Rae_vallavalitsus, lk 75
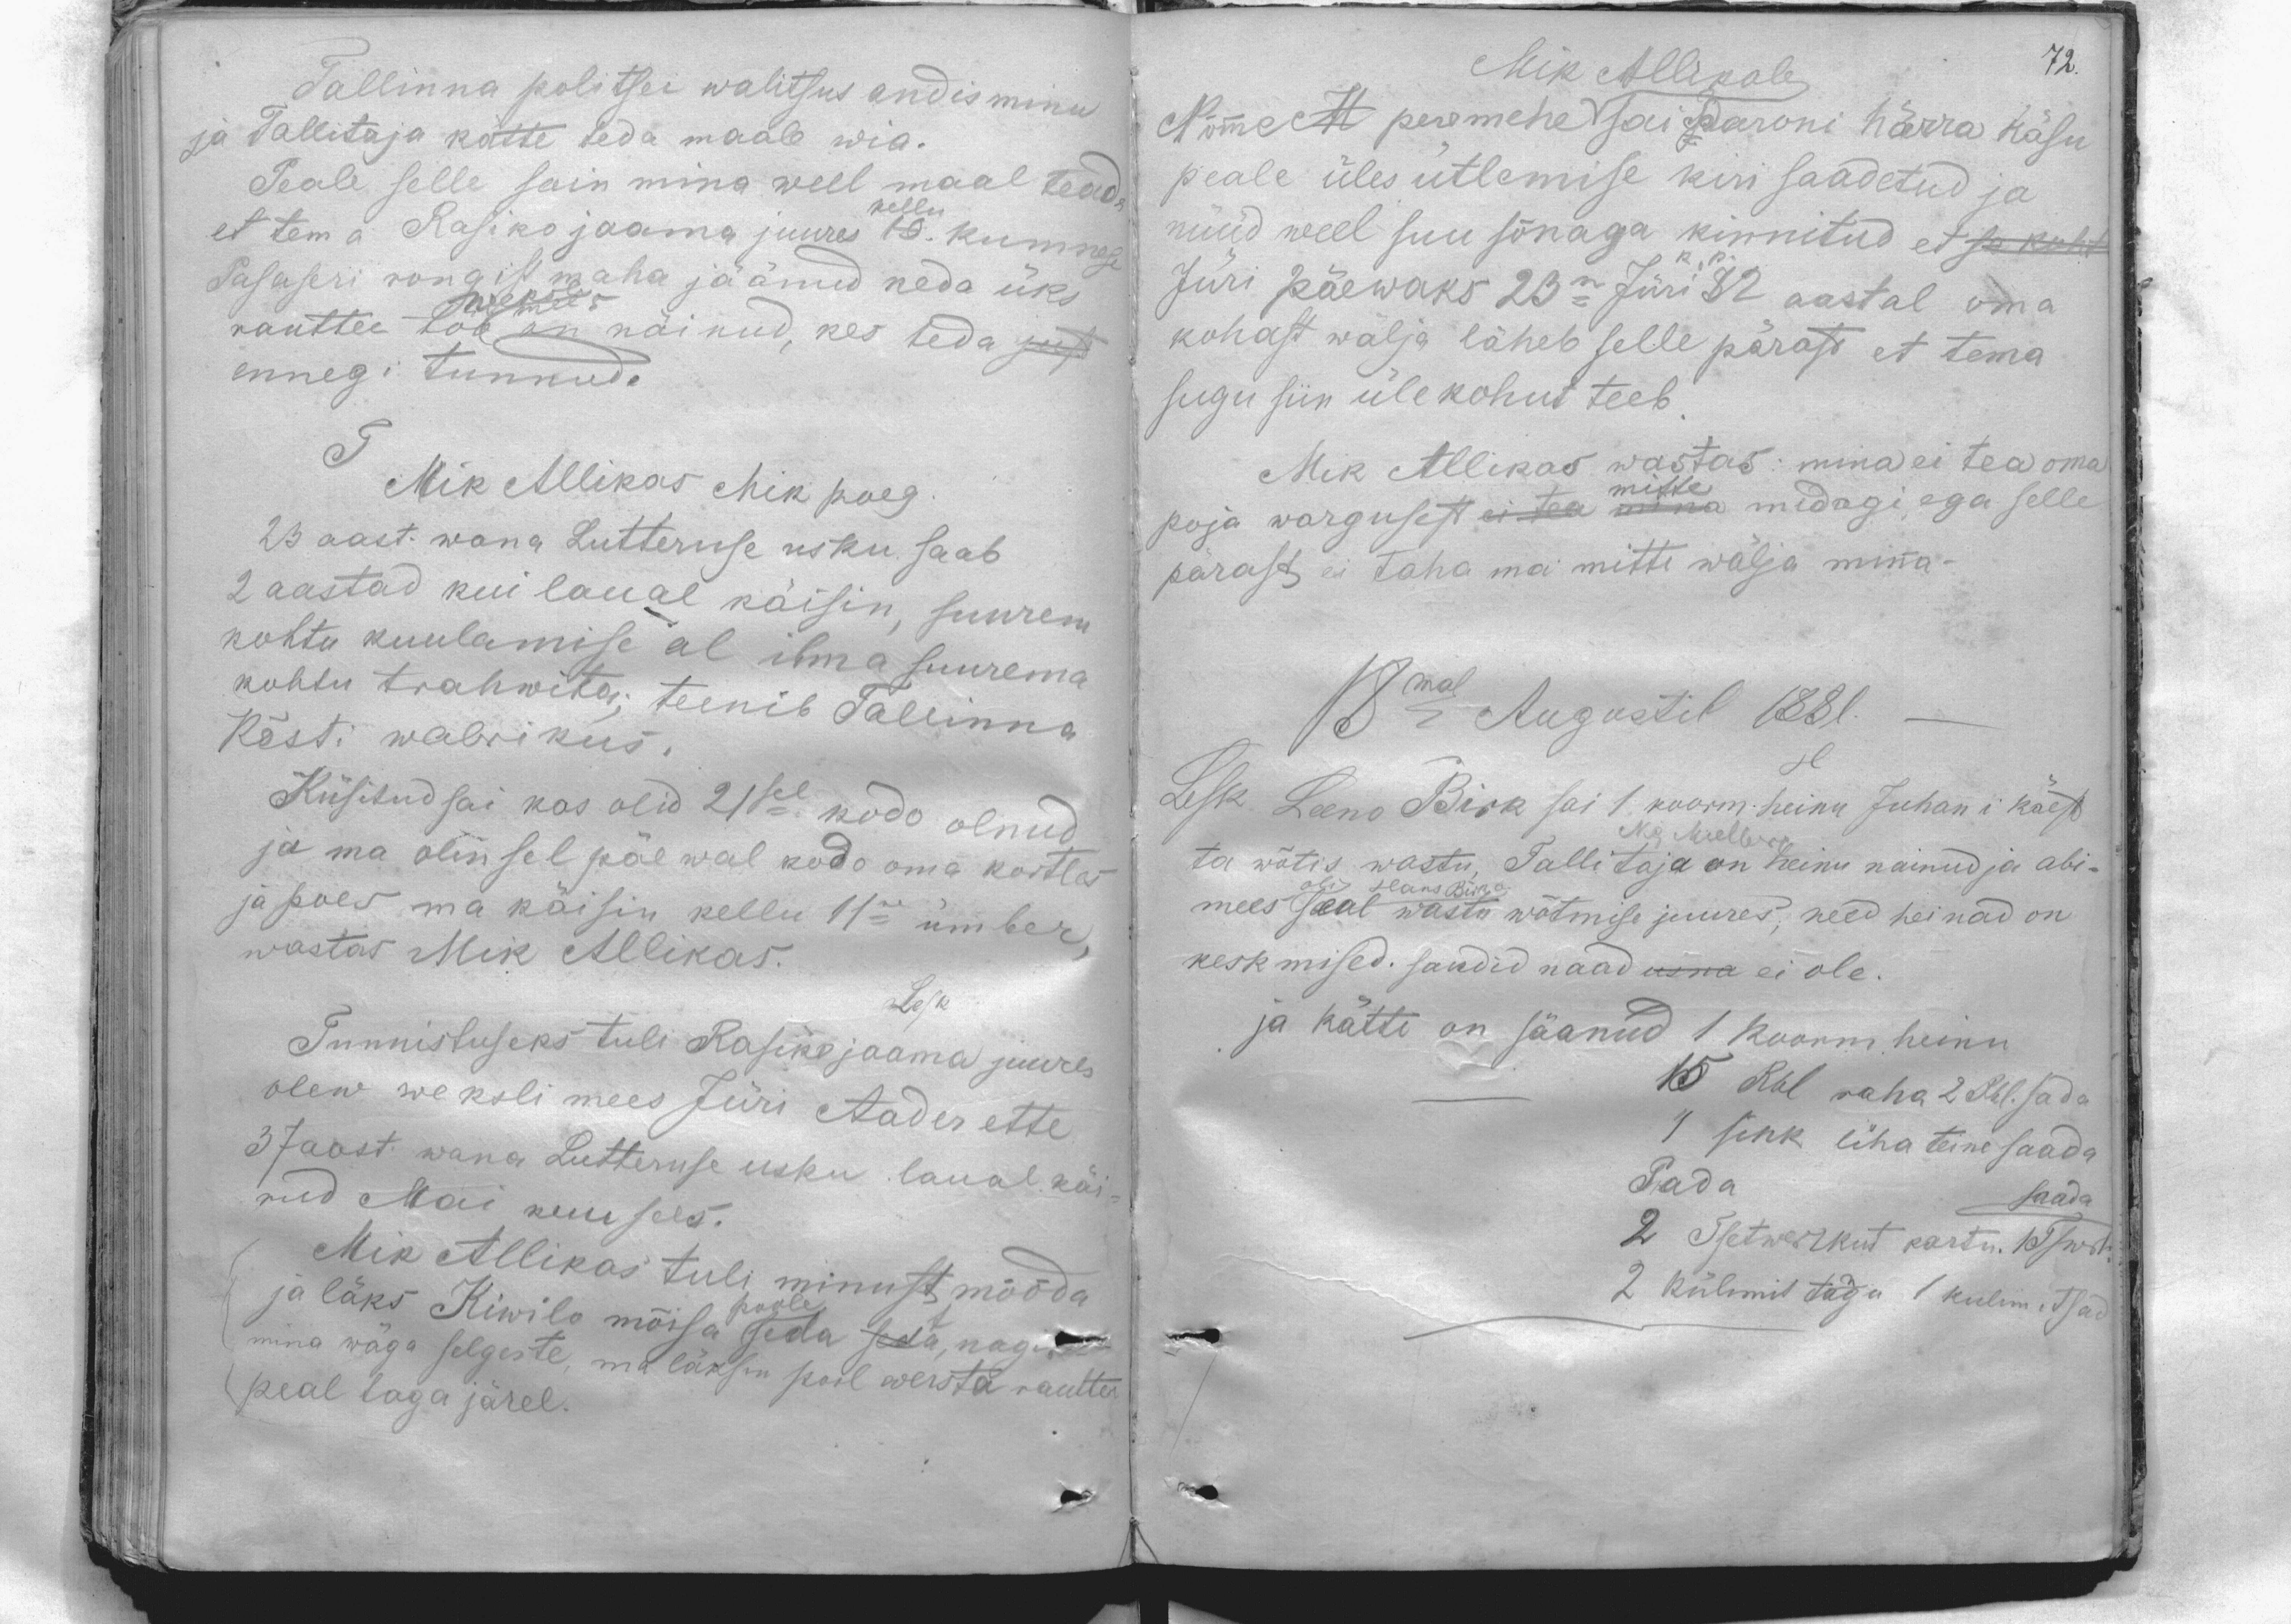
Mik Allikale
Nõmme M peremehe sai Baroni härra käsu
peale üles utlemise kiri saadetud ja
nüüd weel suu sõnaga kinnitud et se koht
kohast wälja läheb selle pärast et tema
sugu siin ülekohut teeb.
Mik Allikas wastas: mina ei tea oma
mitte
poja wargusest ei tea mina midagi, ega selle
pärast ei taha ma mitte wälja minna.
18mal Augustil 1881.
Lesk Leeno Birk sai 1 koorm. heinu Juhani käest
Nig. Mielberg
ta wõtis wastu, Tallitaja on heinu nainud ja abi-
mees oli seal Hans Birka wastu wõtmise juures, need heinad on
keskmised. sandid näad üsna ei ole.
ja kätte on jäanud 1 koorm. heinu
15 Rbl raha 2 Rbl. sada
1 sink liha teine saada
Pada
saada
2 Tsetwerrkut kartu. 1Tswt.
2 külmis taga 1 kulimitsad

72.

Tallinna politsei walitsus andis minu
ja Tallitaja kätte teda maale wia.
Peale selle sain mina weel maal teada
et tema Rasiko jaama juures 10. kumnesa
kellu
Pasaseri rongist maha jäänud keda üks
rauttee töö on näinud, kes teda just
weksle mees
ennegi tunnud.
Mik Allikas Mik poeg
23 aast. wana Lutheruse usku saab
2 aastad kui laual käisin, suurem
kohtu kuulamise al ilma suurema
Kõsti wabrikus.
kohtu trahwita; teenib Tallinna
Küsitud sai kas olid 21sel kodo olnud
ja ma olin sel päewal kodo oma kortles
ja poes ma käisin kellu 11ne ümber,
wastas Mik Allikas.
Lesk
Tunnistuseks tuli Rasiko jaama juures
olew weksli mees Jüri Aader ette
37 aast. wana Luteruse usku laual käi-
nud Mai kuu sees.
Mik Allikas tuli minust mööda
ja läks Kiwilo mõisa seda seda, nagin
poole
mina wäga selgeste, ma läksin pool wersta rautte
peal taga järel.

Mik Allikale
Nõmmelt peremehe sai Baroni härra käsu
peale üles utlemise kiri saadetud ja
nüüd weel suu sõnaga kinnitud et se koht
Jüri päewaks 23n Jüri k. p. 82 aastal oma
kohast walja läheb selle pärast et tema
sugu siin ülekohut teeb.
Mik Allikas wastas: mina ei tea oma
mitte
poja wargusest ei tea mina midagi, ega selle
pärast ei taha ma mitte wälja minna.
18mal Augustil 1881.
Lesk Leeno Birk sai 1 koorm heinu Juhani käest
Nig. Mielberg
ta wõtis wastu. Tallitaja on heinu nainud ja abi-
mees oli seal wasto wõtmise juures, need heinad on
keskmised, sandid naad üsna ei ole
ja kätte on jäänud 1 koorm. heinu
15 Rbl raha 2 Rbl. sada
1 sink liha teine saada
Pada
saada.
2 Tsetwerikut kartu. 1 Tswrt.
2 külimit taga 1 kulim. Tsad